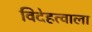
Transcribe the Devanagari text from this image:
विदेहत्वाला